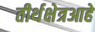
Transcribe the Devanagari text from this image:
तीर्थक्षेत्रआहे